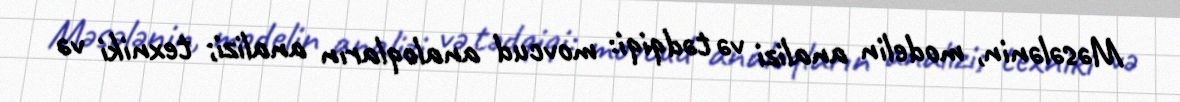
Məsələnin, modelin analizi və tədqiqi: movcud analoqların analizi; texniki və